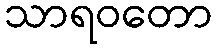
သာရဝတော